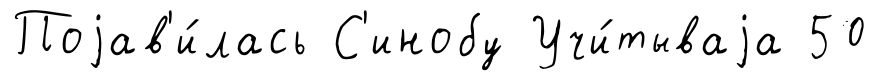
Поjав'и́лась С'инобу Учи́тываjа 50